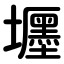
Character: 壥